Annual administration report of the Civil Veterinary Department of India - 1907-1908
Year: 1907
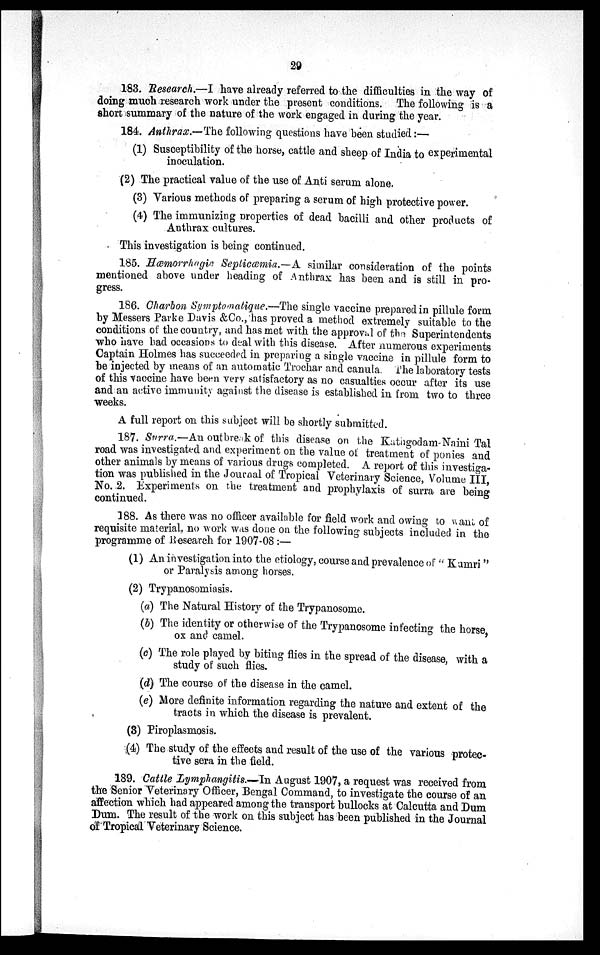
29
183. Research.—I have already referred to the difficulties in the way of
doing much research work under the present conditions. The following is a
short summary of the nature of the work engaged in during the year.
184. Anthrax.—The following questions have been studied:—
(1) Susceptibility of the horse, cattle and sheep of India to experimental
inoculation.
(2) The practical value of the use of Anti serum alone.
(3) Various methods of preparing a serum of high protective power.
(4) The immunizing properties of dead bacilli and other products of
Anthrax cultures.
This investigation is being continued.
185. Hæmorrhagic Septicæmia.—A similar consideration of the points
mentioned above under heading of Anthrax has been and is still in pro-
gress.
186. Charbon Symptomatique.—The single vaccine prepared in pillule form
by Messers Parke Davis &Co., has proved a method extremely suitable to the
conditions of the country, and has met with the approval of the Superintendents
who have had occasions to deal with this disease. After numerous experiments
Captain Holmes has succeeded in preparing a single vaccine in pillule form to
be injected by means of an automatic Trochar and canula. The laboratory tests
of this vaccine have been very satisfactory as no casualties occur after its use
and an active immunity against the disease is established in from two to three
weeks.
A full report on this subject will be shortly submitted.
187. Surra.—An outbreak of this disease on the Kathgodam-Naini Tal
road was investigated and experiment on the value of treatment of ponies and
other animals by means of various drugs completed. A report of this investiga-
tion was published in the Journal of Tropical Veterinary Science, Volume III,
No. 2. Experiments on the treatment and prophylaxis of surra are being
continued.
188. As there was no officer available for field work and owing to want of
requisite material, no work was done on the following subjects included in the
programme of Research for 1907-08:—
(1) An investigation into the etiology, course and prevalence of "Kamri"
or Paralysis among horses.
(2) Trypanosomiasis.
(a) The Natural History of the Trypanosome.
(b) The identity or otherwise of the Trypanosome infecting the horse,
ox and camel.
(c) The role played by biting flies in the spread of the disease, with a
study of such flies.
(d) The course of the disease in the camel.
(e) More definite information regarding the nature and extent of the
tracts in which the disease is prevalent.
(3) Piroplasmosis.
(4) The study of the effects and result of the use of the various protec-
tive sera in the field.
189. Cattle Lymphangitis.—In August 1907, a request was received from
the Senior Veterinary Officer, Bengal Command, to investigate the course of an
affection which had appeared among the transport bullocks at Calcutta and Dum
Dum. The result of the work on this subject has been published in the Journal
of Tropical Veterinary Science.